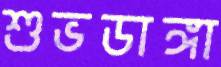
শুভডাঙ্গা